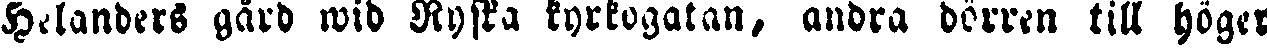
Helanders gård wid Ryska kyrkogatan, andra dörren till höger